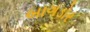
બાગડોર